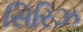
સિરિઝ